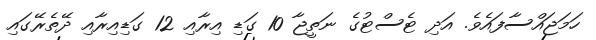
ހަމަޖައްސާފައެވެ. އަދި ޓެސްޓުގެ ނަތީޖާ 10 ގަޑި އިރާއި 12 ގަޑިއިރާއި ދޭތެރޭގައި